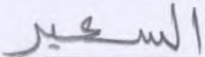
السعير